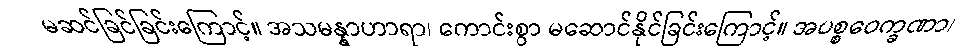
မဆင်ခြင်ခြင်းကြောင့်။ အသမန္နာဟာရာ၊ ကောင်းစွာ မဆောင်နိုင်ခြင်းကြောင့်။ အပစ္စဝေက္ခဏာ၊